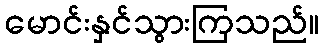
မောင်းနှင်သွားကြသည်။